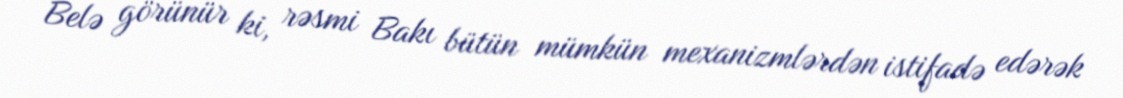
Belə görünür ki, rəsmi Bakı bütün mümkün mexanizmlərdən istifadə edərək